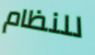
للنظام